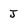
Character: J